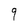
Character: 9